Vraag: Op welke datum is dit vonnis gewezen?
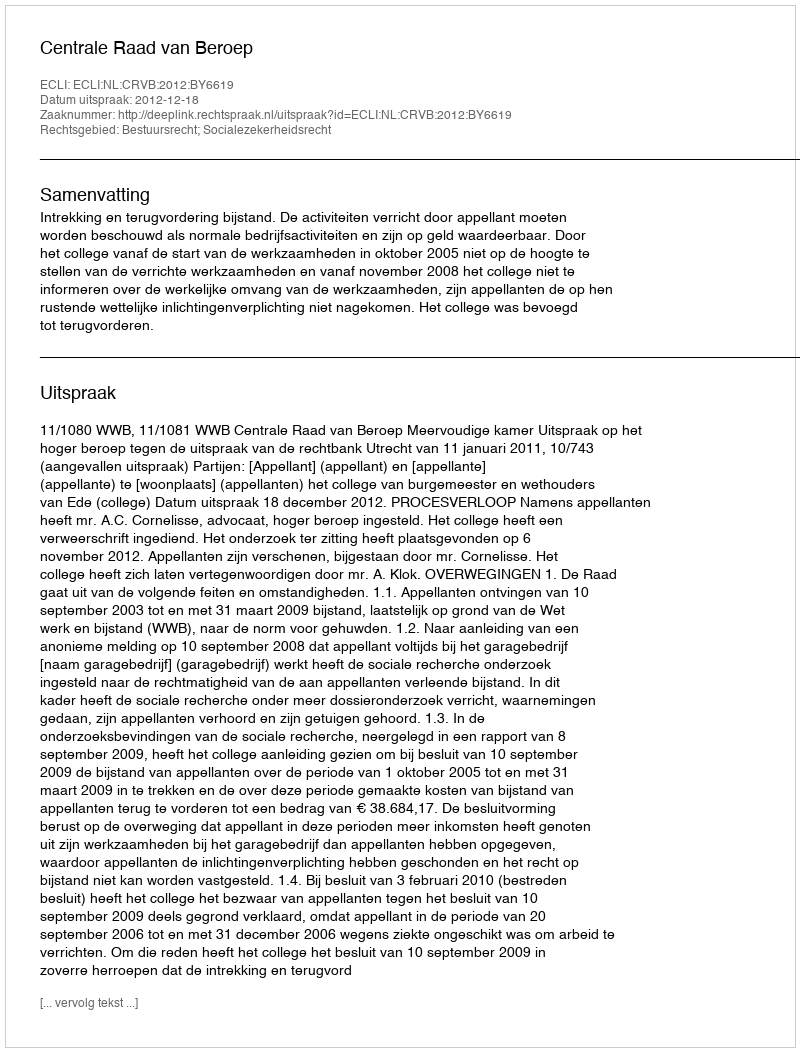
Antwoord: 2012-12-18